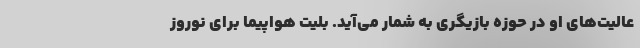
عالیت‌های او در حوزه بازیگری به شمار می‌آید. بلیت هواپیما برای نوروز